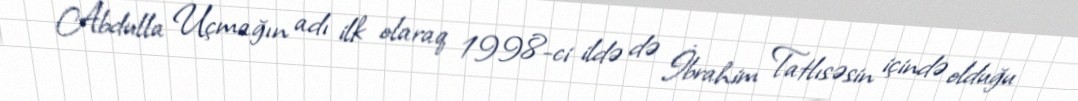
Abdulla Uçmağın adı ilk olaraq 1998-ci ildə də İbrahim Tatlısəsin içində olduğu